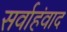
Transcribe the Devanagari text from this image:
सर्वाहंवाद